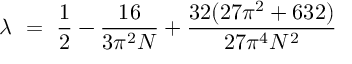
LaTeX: \lambda ~ = ~ \frac { 1 } { 2 } - \frac { 1 6 } { 3 \pi ^ { 2 } N } + \frac { 3 2 ( 2 7 \pi ^ { 2 } + 6 3 2 ) } { 2 7 \pi ^ { 4 } N ^ { 2 } }